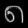
Digit: ၈